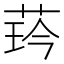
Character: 𦲖